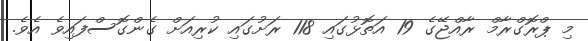
މި ޕްރޮގްރާމް ރާއްޖޭގެ 19 އަތޮޅުގައި 118 ރަށުގައި ކުރިއަށް ގެންގޮސްފައިވެ އެވެ.